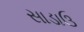
સાડાઉ